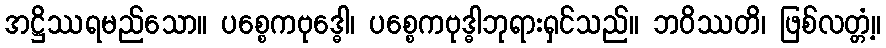
အဋ္ဌိဿရမည်သော။ ပစ္စေကဗုဒ္ဓေါ၊ ပစ္စေကဗုဒ္ဓါဘုရားရှင်သည်။ ဘဝိဿတိ၊ ဖြစ်လတ္တံ့။